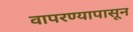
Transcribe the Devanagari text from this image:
वापरण्यापासून